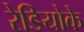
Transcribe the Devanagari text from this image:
रेडियोके